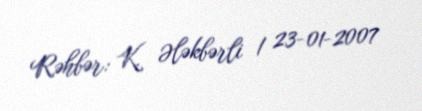
Rəhbər: K. Ələkbərli / 23-01-2007